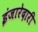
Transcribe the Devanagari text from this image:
इंजारेदारी